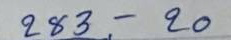
283 - 20